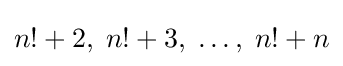
n!+2,\;n!+3,\;\ldots ,\;n!+n